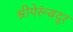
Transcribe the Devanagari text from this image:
श्रीपेरूंबदूर